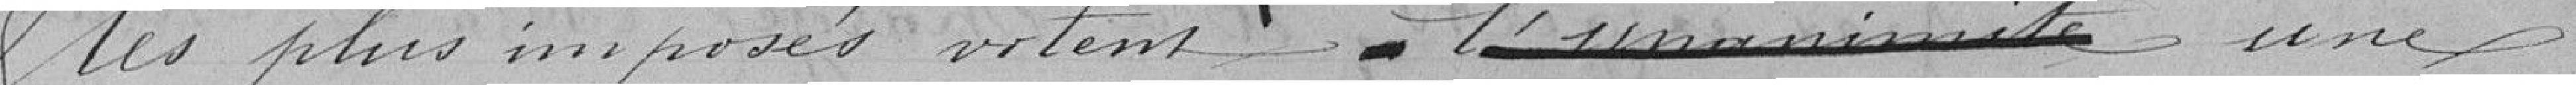
les plus imposés votent une